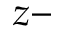
z -